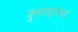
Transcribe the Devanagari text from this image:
जुनागढजवळ